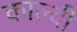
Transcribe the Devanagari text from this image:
काल्दी